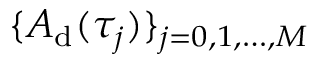
\{ A _ { \mathrm { d } } ( \tau _ { j } ) \} _ { j = 0 , 1 , \dots , M }